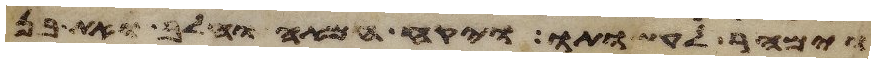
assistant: וימהר לעשותו ויקח חמאה וחלב ואת בן